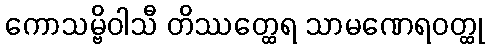
ကောသမ္ဗိဝါသီ တိဿတ္ထေရ သာမဏေရဝတ္ထု